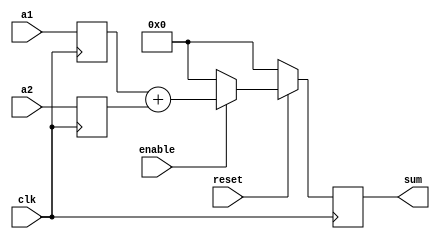
`timescale 1ns / 1ps
//////////////////////////////////////////////////////////////////////////////////
// Company: 
// Engineer: 
// 
// Design Name: 
// Module Name: basicadd
// Project Name: 
// Target Devices: 
// Tool Versions: 
// Description: 
// 
// Dependencies: 
// 
// Revision:
// Revision 0.01 - File Created
// Additional Comments:
// 
//////////////////////////////////////////////////////////////////////////////////


module basicadd(
    input clk,
    input reset,
    input enable,
    input [31:0] a1,
    input [31:0] a2,
    output reg [31:0] sum
    );
    
    reg [31:0] regA1;
    reg [31:0] regA2;


    always @(posedge clk) begin
        regA1 <= a1;
        regA2 <= a2;
        if (!reset) begin
            // reset
            sum <= 32'b0;
        end
        else begin
            if(enable) begin
                sum <= regA1 + regA2;
            end else begin
                sum <= 32'b0;
            end 
        end
    end
    
endmodule